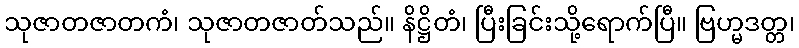
သုဇာတဇာတကံ၊ သုဇာတဇာတ်သည်။ နိဋ္ဌိတံ၊ ပြီးခြင်းသို့ရောက်ပြီ။ ဗြဟ္မဒတ္တ၊